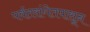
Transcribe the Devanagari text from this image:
पर्वतरांगेतपासून